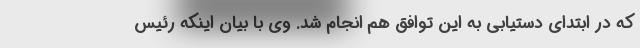
که در ابتدای دستیابی به این توافق هم انجام شد. وی با بیان اینکه رئیس